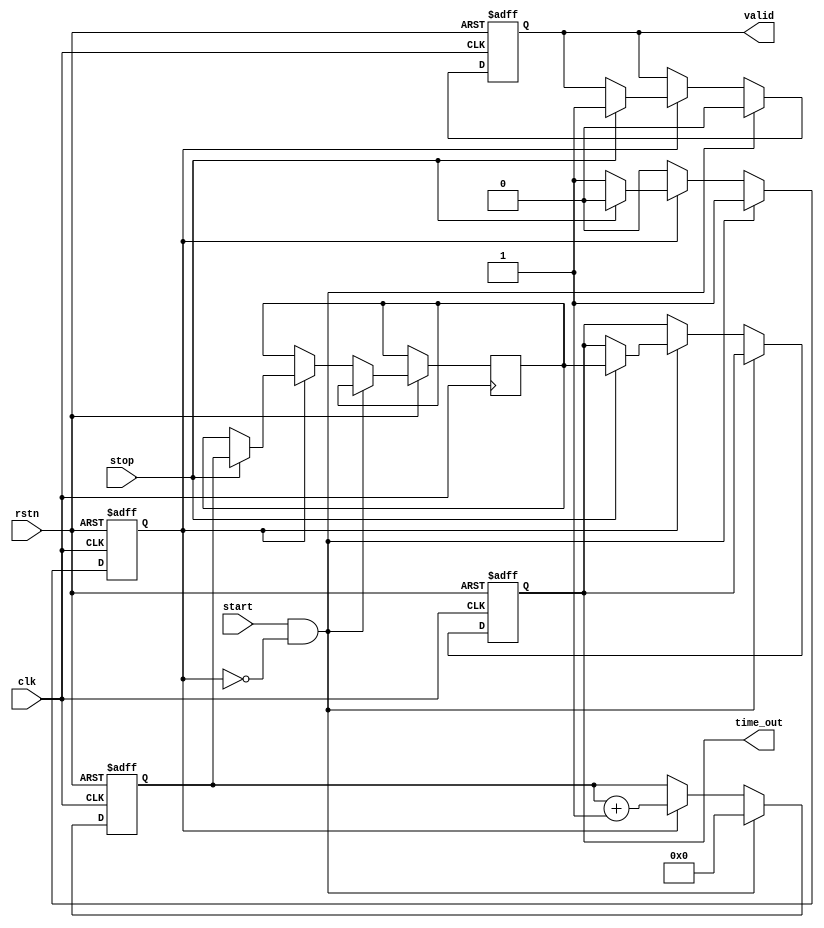
module TDC (
    input wire clk,              // High-frequency clock
    input wire rstn,            // Active-low reset
    input wire start,           // Start signal (trigger)
    input wire stop,            // Stop signal
    output reg [31:0] time_out, // Output time measurement
    output reg valid            // Output valid signal
);

    reg [31:0] counter;         // Counter to count clock cycles
    reg measuring;              // State to indicate if measuring
    reg [31:0] memory;          // Memory block to store the time measurement

    // State machine for measuring
    always @(posedge clk or negedge rstn) begin
        if (!rstn) begin
            measuring <= 1'b0;
            counter <= 32'b0;
            time_out <= 32'b0;
            valid <= 1'b0;
        end else begin
            if (start && !measuring) begin
                // Start measuring
                measuring <= 1'b1;
                counter <= 32'b0; // Reset counter
                valid <= 1'b0;    // Clear valid output
            end else if (measuring) begin
                // Increment counter if measuring
                counter <= counter + 1;
                if (stop) begin
                    // Stop measuring
                    measuring <= 1'b0;
                    memory <= counter; // Store the counted value
                    time_out <= memory; // Output the time measurement
                    valid <= 1'b1;     // Indicate valid output
                end
            end
        end
    end

endmodule